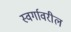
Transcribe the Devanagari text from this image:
स्वर्गावरील